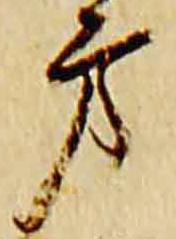
方